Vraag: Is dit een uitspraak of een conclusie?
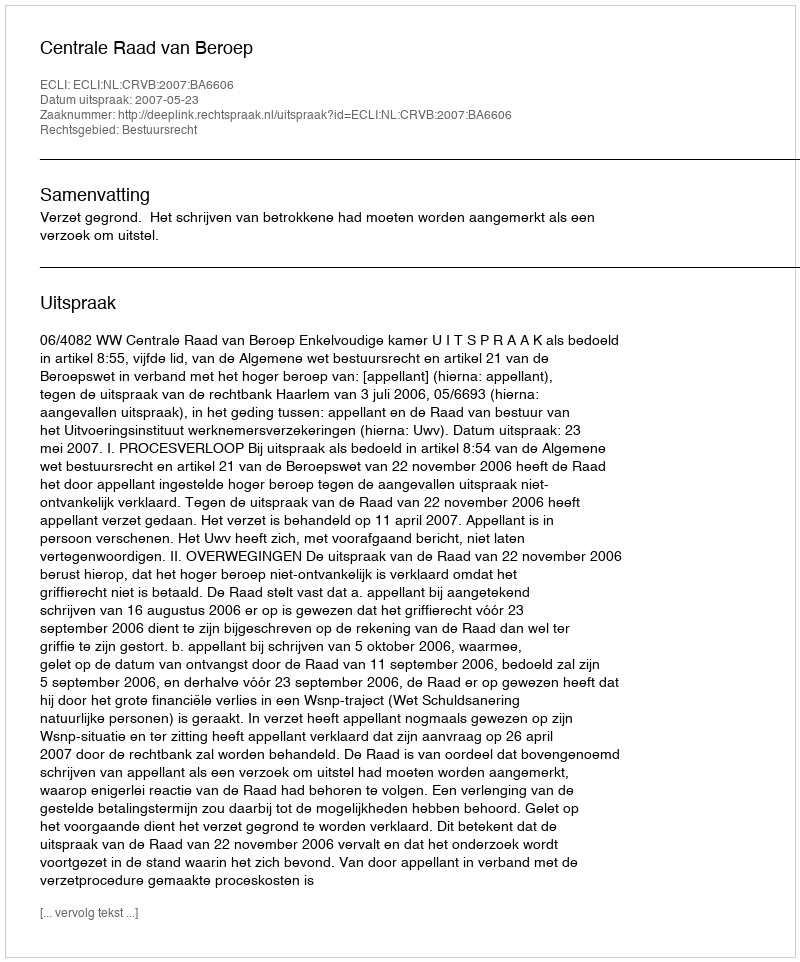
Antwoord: Uitspraak